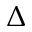
\Delta